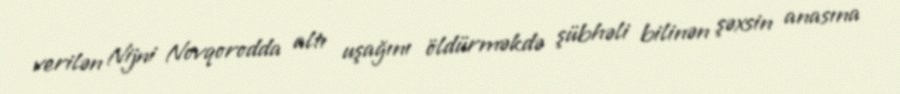
verilən Nijni Novqorodda altı uşağını öldürməkdə şübhəli bilinən şəxsin anasına